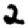
Digit: 2